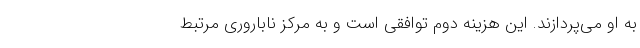
به او می‌پردازند. این هزینه دوم توافقی است و به مرکز ناباروری مرتبط